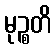
မုဉ္စတိ